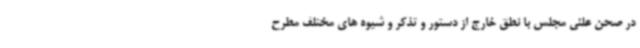
در صحن علنی مجلس با نطق خارج از دستور و تذکر و شیوه های مختلف مطرح